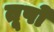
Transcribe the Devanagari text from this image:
तूपों